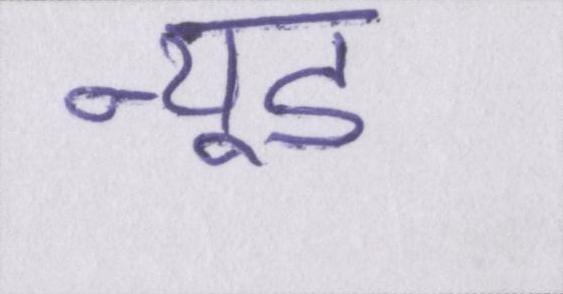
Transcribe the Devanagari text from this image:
न्यूड